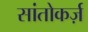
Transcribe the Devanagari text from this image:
सांतोकर्ज़